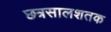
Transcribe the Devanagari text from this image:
छत्रसालशतक